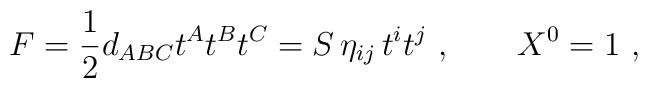
F= {1\over 2} d_{ABC} t^A  t^B  t^C = S\,  \eta_{ij} \, t^i t^j \ ,\qquad X^0=1 \ ,